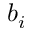
b _ { i }